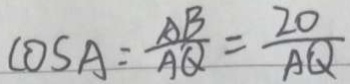
\cos A = \frac { A B } { A Q } = \frac { Z O } { A Q }